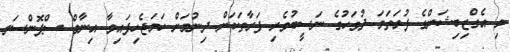
މި އެގްޒިބިޝަންގެ ފުރަތަމަ ދުވަހުގެ ނަސީބުވެރި ފަރާތަކަށް ދިނުމަށް ހަމަޖެހިފައިވާ އިނާމް ސްޕޮންސަރ